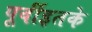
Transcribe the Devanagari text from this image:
पूर्वीइतके